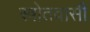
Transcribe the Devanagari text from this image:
स्त्रोतवासी